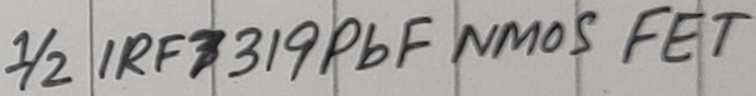
Text: 1/2 IRF 7319PbF NMOS FET